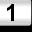
Digit: 1